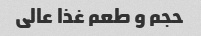
حجم و طعم غذا عالی